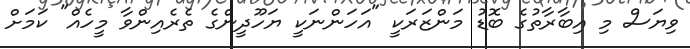
ވިޔަސް މި އިބާރާތުގެ ބޮޑު މަންޒަރަކީ "އަހަންނަކީ ޔަހޫދީންގެ ތެރެއިންވާ މީހެއް" ކަމަށް